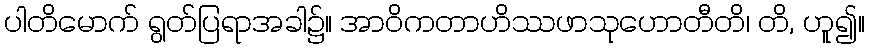
ပါတိမောက် ရွတ်ပြရာအခါ၌။ အာဝိကတာဟိဿဖာသုဟောတီတိ၊ တိ, ဟူ၍။